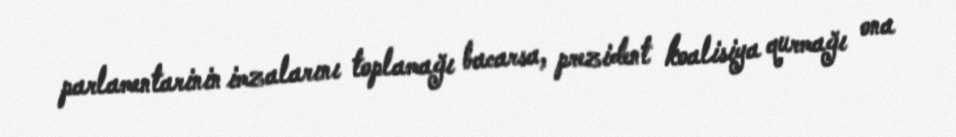
parlamentarinin imzalarını toplamağı bacarsa, prezident koalisiya qurmağı ona